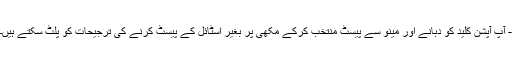
- آپ آپشن کلید کو دبانے اور مینو سے پیسٹ منتخب کرکے مکھی پر بغیر اسٹائل کے پیسٹ کرنے کی ترجیحات کو پلٹ سکتے ہیں۔